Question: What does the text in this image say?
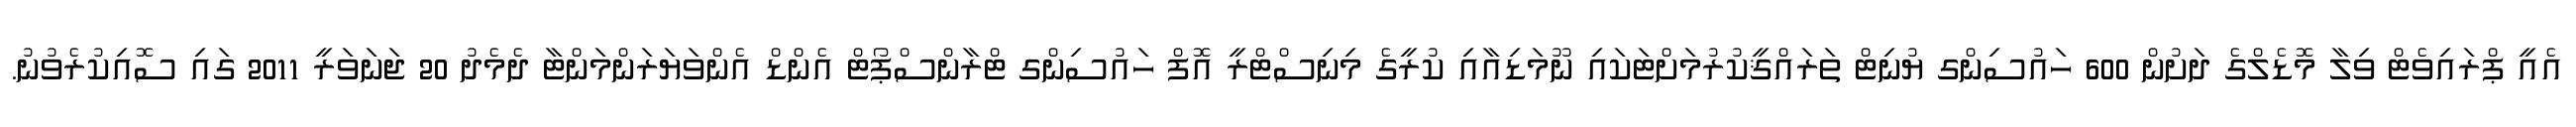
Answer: އެއީ ޕްރައިވެޓް ވިލާ މޮޑެލްގެ ދަށުން 600 ހައުސިންގ ޔުނިޓް ތަރައްޤީކުރުމަށްޓަކައި ނޫމަޑިއާއި ކުރީގެ މިނިސްޓްރީ އޮފް ހައުސިންގ ޓްރާންސްޕޯޓް އެންޑް އެންވަޔަރަންމަންޓާ ދެމެދު 20 ޖަނަވަރީ 2011 ގައި ސޮއިކުރެވުނު.